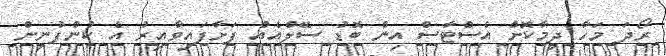
ރޯދަ މަހާ ދިމާކޮށް އެސްޓާސް އިން ބޮޑު ސޭލްއެއް ފަށާފައިވާއިރު އެ ކުންފުނިން